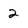
Character: 2